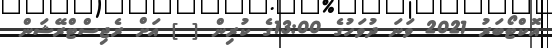
އޮކްޓޯބަރު 2021 ވަނަ ދުވަހުގެ 13:00ގެ ކުރިން [ ] އަށް ރެޖިސްޓްރޭޝަން